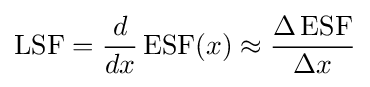
\operatorname {LSF} ={\frac {d}{dx}}\operatorname {ESF} (x)\approx {\frac {\Delta \operatorname {ESF} }{\Delta x}}